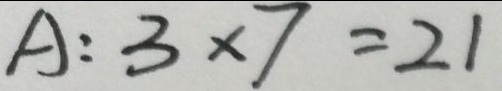
A : 3 \times 7 = 2 1